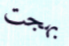
بهجت